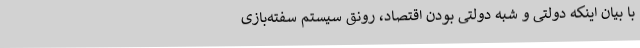
با بیان اینکه دولتی و شبه دولتی بودن اقتصاد، رونق سیستم سفته‌بازی